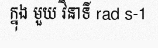
ក្នុង មួយ វិនាទី rad s-1